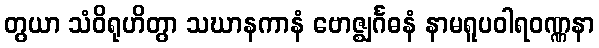
တွယာ သံဝိရုဟိတွာ သဃာနကာနံ ဗောဇ္ဈင်္ဂဓနံ နာမရူပဝါရဝဏ္ဏနာ